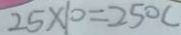
2 5 \times 1 0 = 2 5 0 c